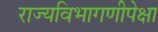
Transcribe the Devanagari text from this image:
राज्यविभागणीपेक्षा